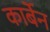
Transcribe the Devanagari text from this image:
कार्बेन